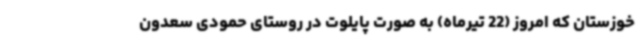
خوزستان که امروز (22 تیرماه) به صورت پایلوت در روستای حمودی سعدون